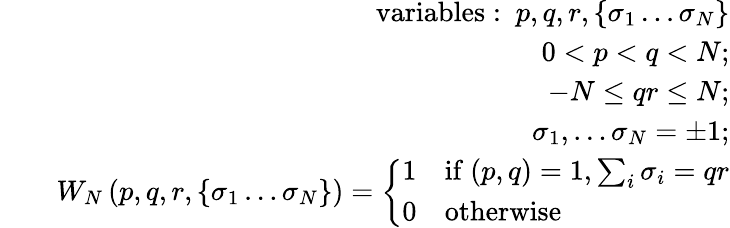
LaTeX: \begin{array}{rlr}&{}&{\mathrm{variables:~}p,q,r,\left\{ \sigma_{1}\dots\sigma_{N}\right\} }\\ &{}&{0<p<q<N;}\\ &{}&{-N\le qr\le N;}\\ &{}&{\sigma_{1},\dots\sigma_{N}=\pm 1;}\\ &{}&{W_{N}\left(p,q,r,\left\{ \sigma_{1}\dots\sigma_{N}\right\} \right)=\left\{ \begin{array}{ll}{1}&{\mathrm{if~}(p,q)=1,\sum_{i}\sigma_{i}=qr}\\ {0}&{\mathrm{otherwise}}\end{array}\right.}\end{array}